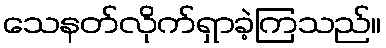
သေနတ်လိုက်ရှာခဲ့ကြသည်။